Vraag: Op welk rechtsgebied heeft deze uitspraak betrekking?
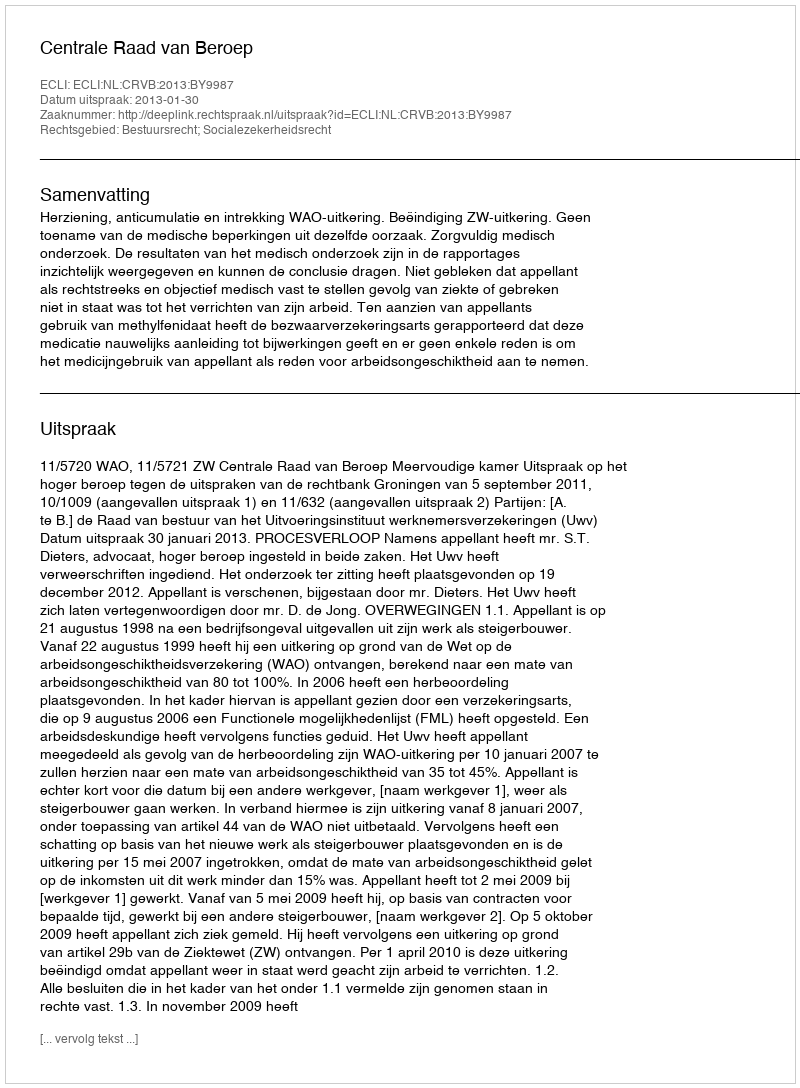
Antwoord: Bestuursrecht; Socialezekerheidsrecht